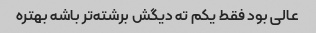
عالی بود فقط یکم ته دیگش برشته‌تر باشه بهتره